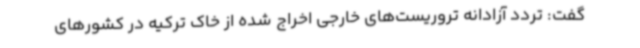
گفت: تردد آزادانه تروریست‌های خارجی اخراج شده از خاک ترکیه در کشورهای